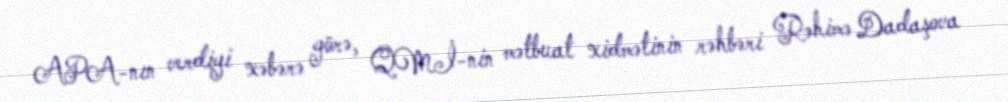
APA-nın verdiyi xəbərə görə, QMİ-nin mətbuat xidmətinin rəhbəri Rəhimə Dadaşova